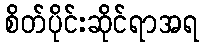
စိတ်ပိုင်းဆိုင်ရာအရ